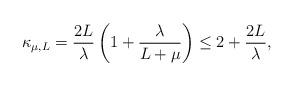
LaTeX: \begin{align*} \kappa_{\mu,L} = \frac{2L}{\lambda}\left(1+\frac{\lambda}{L+\mu}\right) \leq 2 + \frac{2L}{\lambda}, \end{align*}